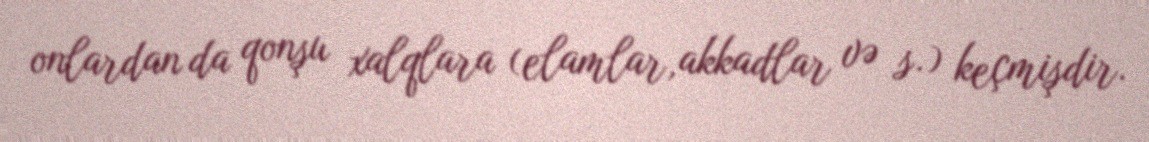
onlardan da qonşu xalqlara (elamlar,akkadlar və s.) keçmişdir.